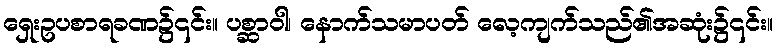
ရှေးဥပစာရခဏ၌၎င်း။ ပစ္ဆာဝါ၊ နောက်သမာပတ် လေ့ကျက်သည်၏အဆုံး၌၎င်း။